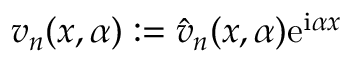
v _ { n } ( x , \alpha ) : = \Hat { v } _ { n } ( x , \alpha ) \mathrm { e } ^ { \mathrm { i } \alpha x }